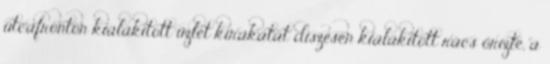
utcafronton kialakított üzlet kirakatát díszesen kialakított rács őrizte, a